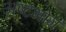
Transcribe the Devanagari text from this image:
अष्टभोग